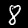
Label: 8